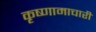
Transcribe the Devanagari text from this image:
कृष्णामाचारी